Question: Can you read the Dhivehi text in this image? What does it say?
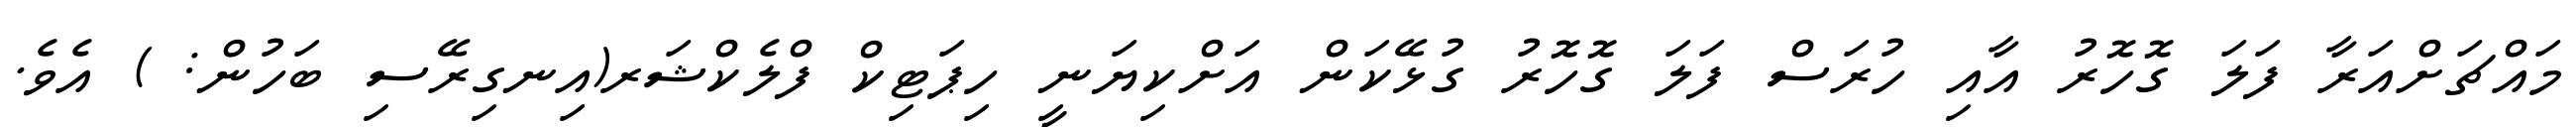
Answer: މައްޗަށްއަރާ ފަލަ ގޮހޮރު އާއި ހުރަސް ފަލަ ގޮހޮރު ގުޅޭކަން އަށްކިޔަނީ ހިޕަޓިކް ފްލެކްޝަރ(އިނގިރޭސި ބަހުން: ) އެވެ.